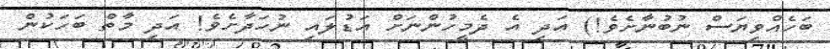
ބަހެއްވިޔަސް ނުބުނާށެވެ!) އަދި އެ ދެމީހުންނަށް އަޑުލައި ނުހަދާށެވެ! އަދި މާތް ބަހަކުން